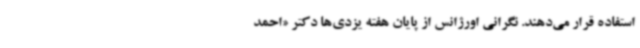
استفاده قرار می‌دهند. نگرانی اورژانس از پایان هفته یزدی‌ها دکتر «احمد